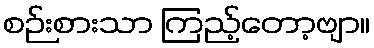
စဉ်းစားသာ ကြည့်တော့ဗျာ။